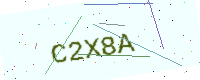
Text: C2X8A